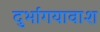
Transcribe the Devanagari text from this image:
दुर्भागयावाश